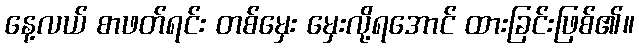
နေ့လယ် စာဖတ်ရင်း တစ်မှေး မှေးလို့ရအောင် ထားခြင်းဖြစ်၏။